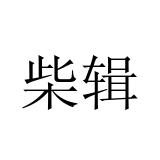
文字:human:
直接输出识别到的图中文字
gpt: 柴辑